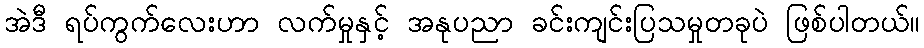
အဲဒီ ရပ်ကွက်လေးဟာ လက်မှုနှင့် အနုပညာ ခင်းကျင်းပြသမှုတခုပဲ ဖြစ်ပါတယ်။